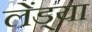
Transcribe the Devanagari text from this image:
लेंड्या